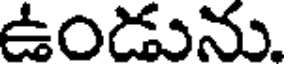
ఉండును.